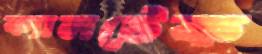
ক্যালটেক